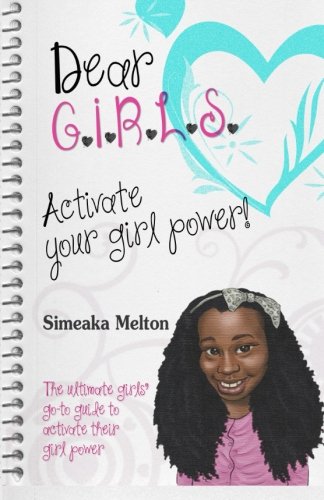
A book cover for Dear GIRLS: Activate Your Girl Power!; Simeaka Melton; Teen & Young Adult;